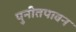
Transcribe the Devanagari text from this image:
पुनीतपावन